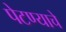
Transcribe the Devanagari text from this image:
पेटण्याचे